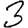
Digit: 3